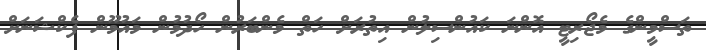
ތަސްމީންގެ މެޖޯރިޓީ އޮންނަ ކައުންސިލުން އިތުރަށް ހަތް މެންބަރުން ހޯދުމުން މައުމޫން ފެކްޝަނަށް